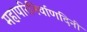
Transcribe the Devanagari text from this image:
महापरिनिर्वाणदिनी